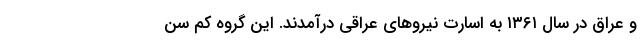
و عراق در سال ۱۳۶۱ به اسارت نیروهای عراقی درآمدند. این گروه کم سن